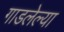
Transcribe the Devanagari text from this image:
गाडलेल्या